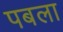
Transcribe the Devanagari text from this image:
पबला